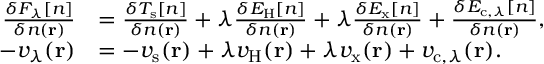
\begin{array} { r l } { \frac { \delta F _ { \lambda } \ensuremath { [ n ] } } { \delta n ( \mathbf { r } ) } } & { = \frac { \delta T _ { \mathrm { s } } \ensuremath { [ n ] } } { \delta n ( \mathbf { r } ) } + \lambda \frac { \delta E _ { \mathrm { H } } \ensuremath { [ n ] } } { \delta n ( \mathbf { r } ) } + \lambda \frac { \delta E _ { \mathrm { x } } \ensuremath { [ n ] } } { \delta n ( \mathbf { r } ) } + \frac { \delta E _ { \mathrm { c } , \lambda } \ensuremath { [ n ] } } { \delta n ( \mathbf { r } ) } , } \\ { - v _ { \lambda } ( \mathbf { r } ) } & { = - v _ { \mathrm { s } } ( \mathbf { r } ) + \lambda v _ { \mathrm { H } } ( \mathbf { r } ) + \lambda v _ { \mathrm { x } } ( \mathbf { r } ) + v _ { \mathrm { c } , \lambda } ( \mathbf { r } ) . } \end{array}